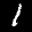
Label: 1